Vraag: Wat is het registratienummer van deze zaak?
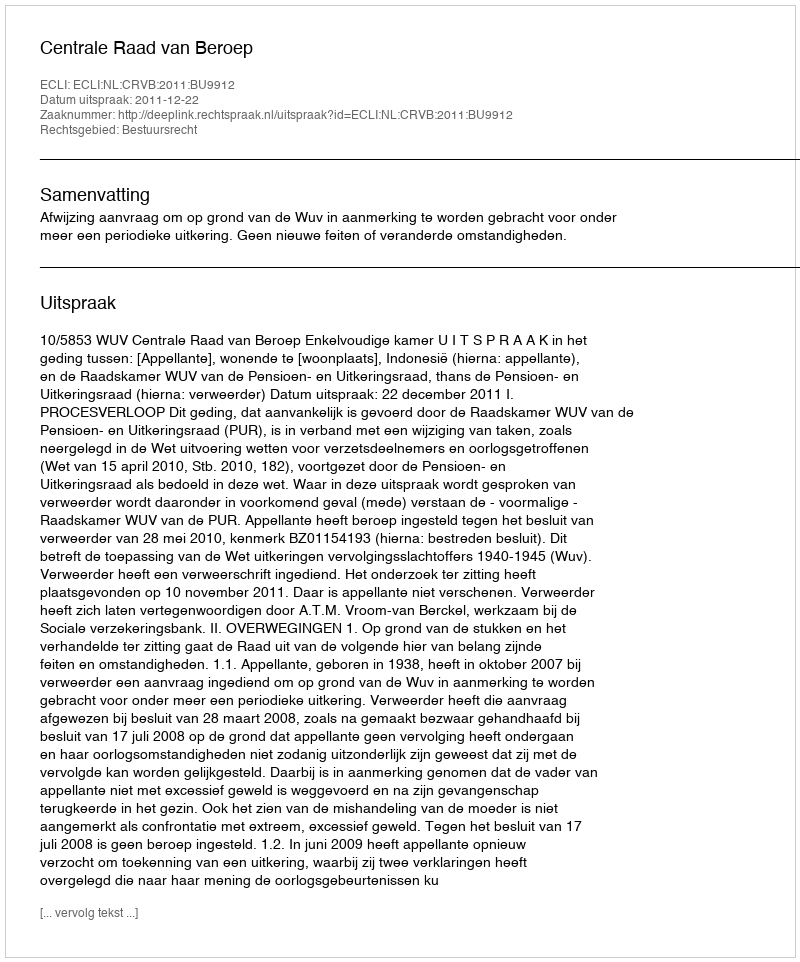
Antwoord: http://deeplink.rechtspraak.nl/uitspraak?id=ECLI:NL:CRVB:2011:BU9912